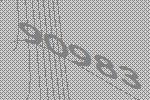
90983